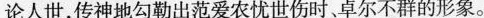
论人世，传神地勾勒出范爱农忧世伤时、卓尔不群的形象。